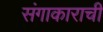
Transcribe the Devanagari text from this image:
संगाकाराची